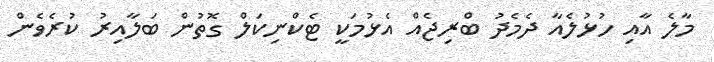
މާލެ އާއި ހުޅުލެއާ ދެމެދު ބްރިޖެއް އެޅުމަކީ ޓެކްނިކަލް ގޮތުން ބަލާއިރު ކުރެވެން